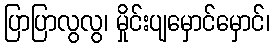
ပြာပြာလွလွ၊ မှိုင်းပျမှောင်မှောင်၊